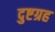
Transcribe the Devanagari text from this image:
दुष्टग्रह